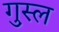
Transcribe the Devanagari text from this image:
गु़स्ल